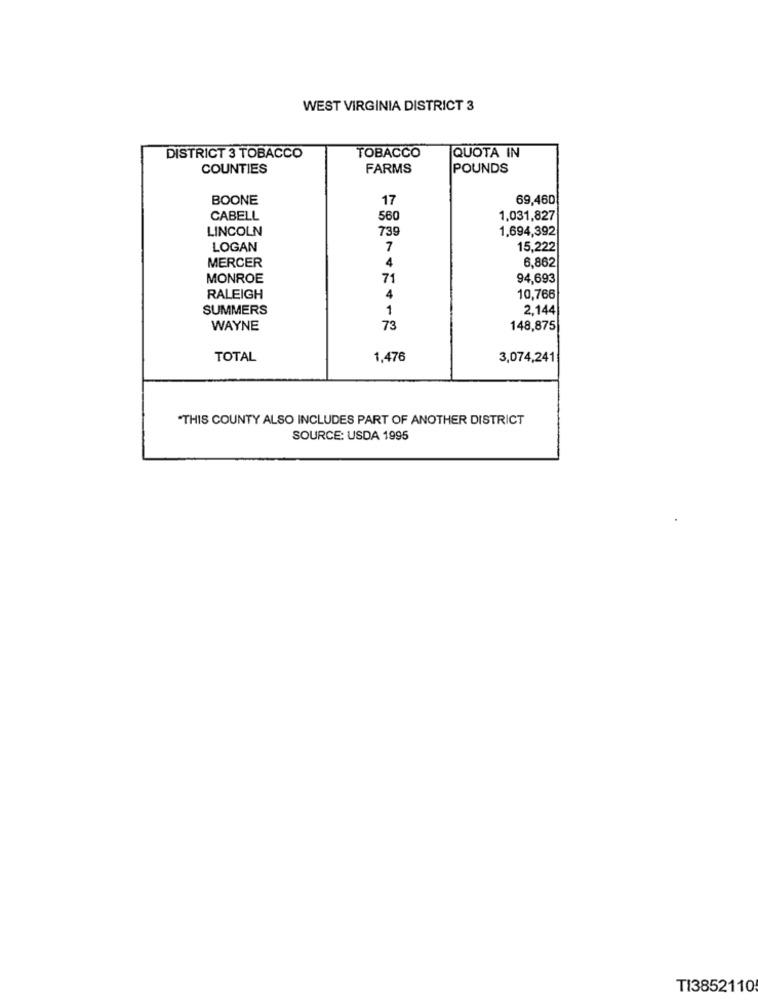
WEST VIRGINIA DISTRICT 3
DISTRICT 3 TOBACCO
TOBACCO
QUOTA IN
COUNTIES
FARMS
POUNDS
BOONE
17
69,460
CABELL
560
1,031,827
LINCOLN
739
1,694,392
LOGAN
7
15,222
MERCER
4
6,862
MONROE
71
94,693
RALEIGH
4
10,766
SUMMERS
1
2,144
WAYNE
73
148,875
TOTAL
1,476
3,074,241
"THIS COUNTY ALSO INCLUDES PART OF ANOTHER DISTRICT
SOURCE: USDA 1995
TI3852110